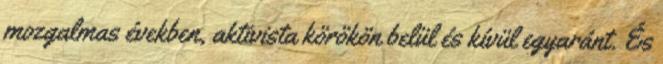
mozgalmas években, aktivista körökön belül és kívül egyaránt. És